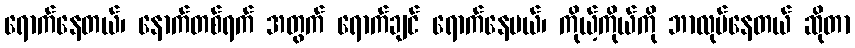
ရောက်နေတယ်၊ နောက်တစ်ရက် အတွက် ရောက်ချင် ရောက်နေမယ်၊ ကိုယ့်ကိုယ်ကို ဘာလုပ်နေတယ် ဆိုတာ